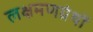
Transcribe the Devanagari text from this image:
लक्षमणग्रंथों